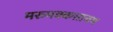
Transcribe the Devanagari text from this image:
मरुमक्कत्तायम